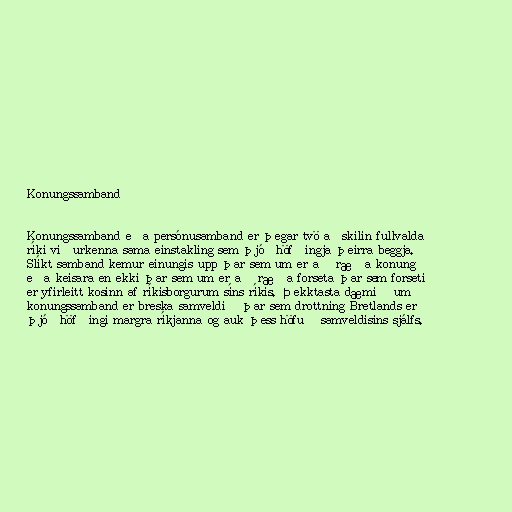
Konungssamband

Konungssamband eða persónusamband er þegar tvö aðskilin fullvalda
ríki viðurkenna sama einstakling sem þjóðhöfðingja þeirra beggja.
Slíkt samband kemur einungis upp þar sem um er að ræða konung
eða keisara en ekki þar sem um er að ræða forseta þar sem forseti
er yfirleitt kosinn af ríkisborgurum síns ríkis. Þekktasta dæmið um
konungssamband er breska samveldið þar sem drottning Bretlands er
þjóðhöfðingi margra ríkjanna og auk þess höfuð samveldisins sjálfs.